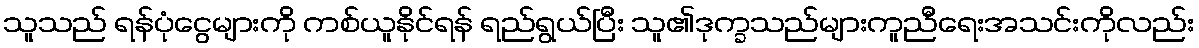
သူသည် ရန်ပုံငွေများကို ကစ်ယူနိုင်ရန် ရည်ရွယ်ပြီး သူ၏ဒုက္ခသည်များကူညီရေးအသင်းကိုလည်း